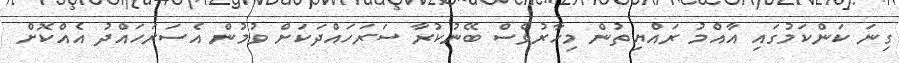
ގިނަ ކަންކަމުގައި އާއްމު ރައްޔިތުން މިހާރުވެސް ބޭނުކުރާ ސަރަހައްދަކަށް ވުމުން އެސަރަހައްދު އެއްކޮށް